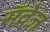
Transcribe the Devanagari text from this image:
सॅवेज